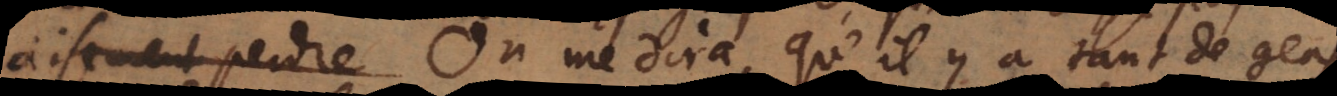
aisement perdre On me dira, qu’il y a tant de gens